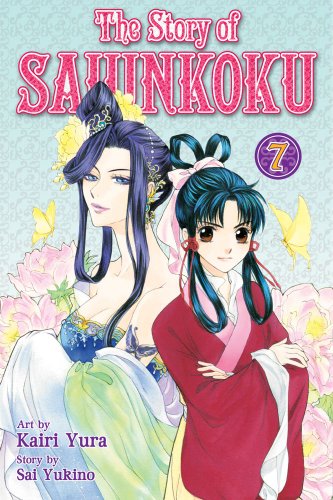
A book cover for The Story of Saiunkoku, Vol. 7; Sai Yukino; Teen & Young Adult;